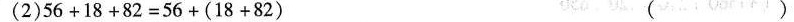
(2)$$5 6 + 1 8 + 8 2 = 5 6 + ( 1 8 +